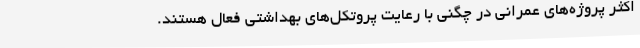
اکثر پروژه‌های عمرانی در چگنی با رعایت پروتکل‌های بهداشتی فعال هستند.